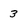
Character: 3